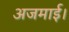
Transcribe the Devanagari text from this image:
अजमाई।